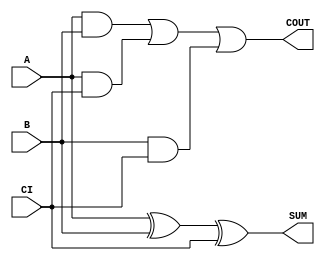
module sky130_fd_sc_lp__fah (
    COUT,
    SUM ,
    A   ,
    B   ,
    CI
);

    // Module ports
    output COUT;
    output SUM ;
    input  A   ;
    input  B   ;
    input  CI  ;

    // Module supplies
    supply1 VPWR;
    supply0 VGND;
    supply1 VPB ;
    supply0 VNB ;

    // Local signals
    wire xor0_out_SUM;
    wire a_b         ;
    wire a_ci        ;
    wire b_ci        ;
    wire or0_out_COUT;

    //  Name  Output        Other arguments
    xor xor0 (xor0_out_SUM, A, B, CI       );
    buf buf0 (SUM         , xor0_out_SUM   );
    and and0 (a_b         , A, B           );
    and and1 (a_ci        , A, CI          );
    and and2 (b_ci        , B, CI          );
    or  or0  (or0_out_COUT, a_b, a_ci, b_ci);
    buf buf1 (COUT        , or0_out_COUT   );

endmodule